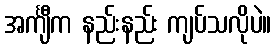
အင်္ကျီက နည်းနည်း ကျပ်သလိုပဲ။